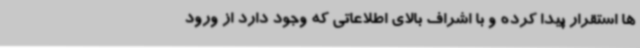
ها استقرار پیدا کرده و با اشراف بالای اطلاعاتی که وجود دارد از ورود